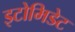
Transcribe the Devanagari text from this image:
इटोमिडेट